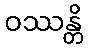
ဝဿန္တိ